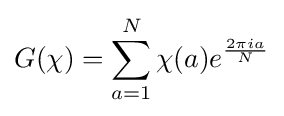
G(\chi )=\sum _{a=1}^{N}\chi (a)e^{\frac {2\pi ia}{N}}